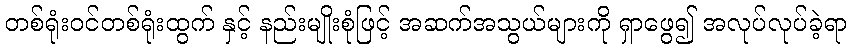
တစ်ရုံးဝင်တစ်ရုံးထွက် နှင့် နည်းမျိုးစုံဖြင့် အဆက်အသွယ်များကို ရှာဖွေ၍ အလုပ်လုပ်ခဲ့ရာ